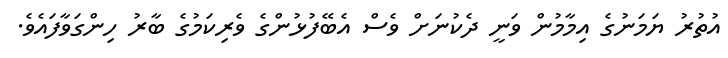
އުތުރު ޔަމަނުގެ އިމާމުން ވަނީ ދެކުނަށް ވެސް އެބޭފުޅުންގެ ވެރިކަމުގެ ބާރު ހިންގަވާފައެވެ.